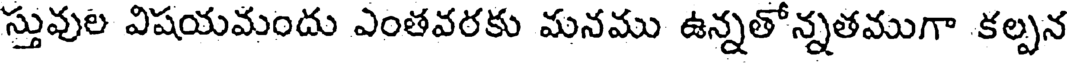
స్తువుల విషయమందు ఎంతవరకు మనము ఉన్నతోన్నతముగా కల్పన